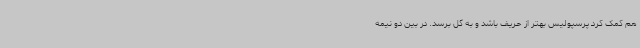
هم کمک کرد پرسپولیس بهتر از حریف باشد و به گل برسد. در بین دو نیمه